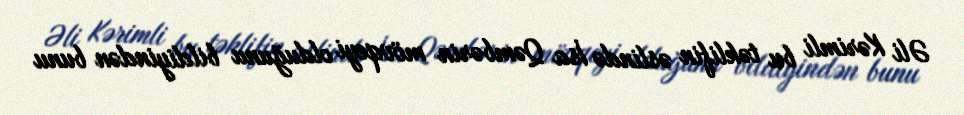
Əli Kərimli bu təklifin əslində İsa Qəmbərin mövqeyi olduğunu bildiyindən bunu